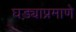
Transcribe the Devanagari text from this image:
घड्याप्रमाणे